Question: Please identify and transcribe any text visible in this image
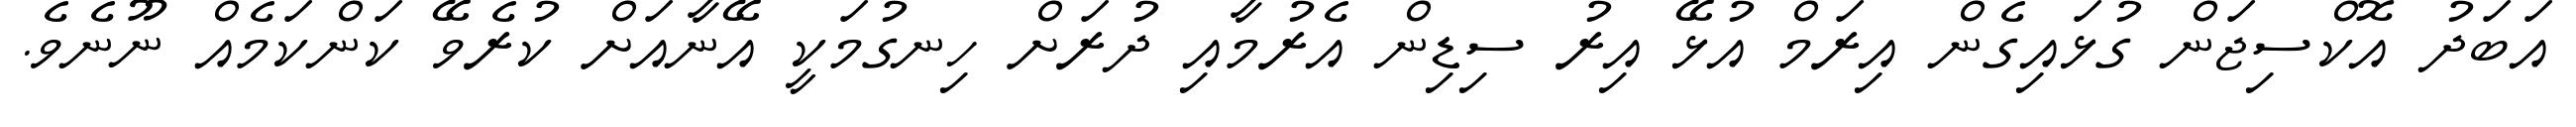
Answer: އަބަދު އޮކްސިޖަން ގުޅައިގެން އިރަމް އުޅޭ އިރު ސިޑިން އެރުމާއި ދުރަށް ހިނގުމަކީ އޭނާއަށް ކުރެވޭ ކަންކަމެއް ނޫނެވެ.